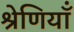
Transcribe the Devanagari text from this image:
श्रेणियॉं